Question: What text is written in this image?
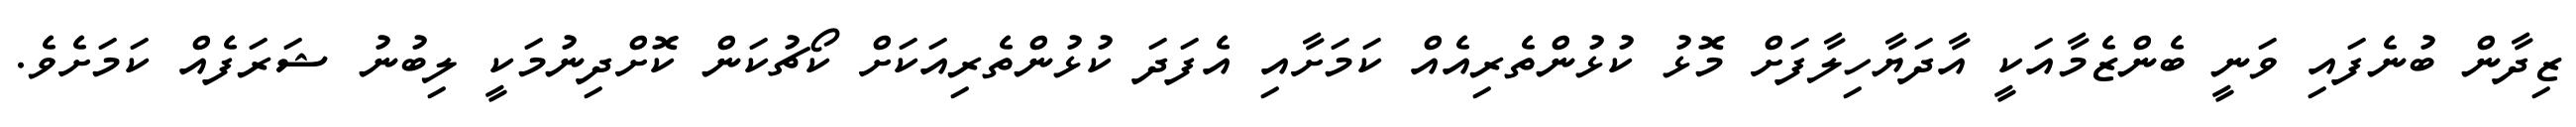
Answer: ޒިދާން ބުނެފައި ވަނީ ބެންޒެމާއަކީ އާދަޔާހިލާފަށް މޮޅު ކުޅުންތެރިއެއް ކަމަށާއި އެފަދަ ކުޅުންތެރިއަކަށް ކޯޗުކަން ކޮށްދިނުމަކީ ލިބުނު ޝަރަފެއް ކަމަށެވެ.